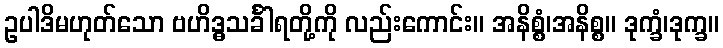
ဥပါဒိမဟုတ်သော ဗဟိဒ္ဓသင်္ခါရတို့ကို လည်းကောင်း။ အနိစ္စံ၊အနိစ္စ။ ဒုက္ခံ၊ဒုက္ခ။